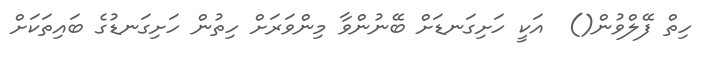
ހިތް ފޭލްވުން()  އަކީ ހަށިގަނޑަށް ބޭނުންވާ މިންވަރަށް ހިތުން ހަށިގަނޑުގެ ބައިތަކަށް